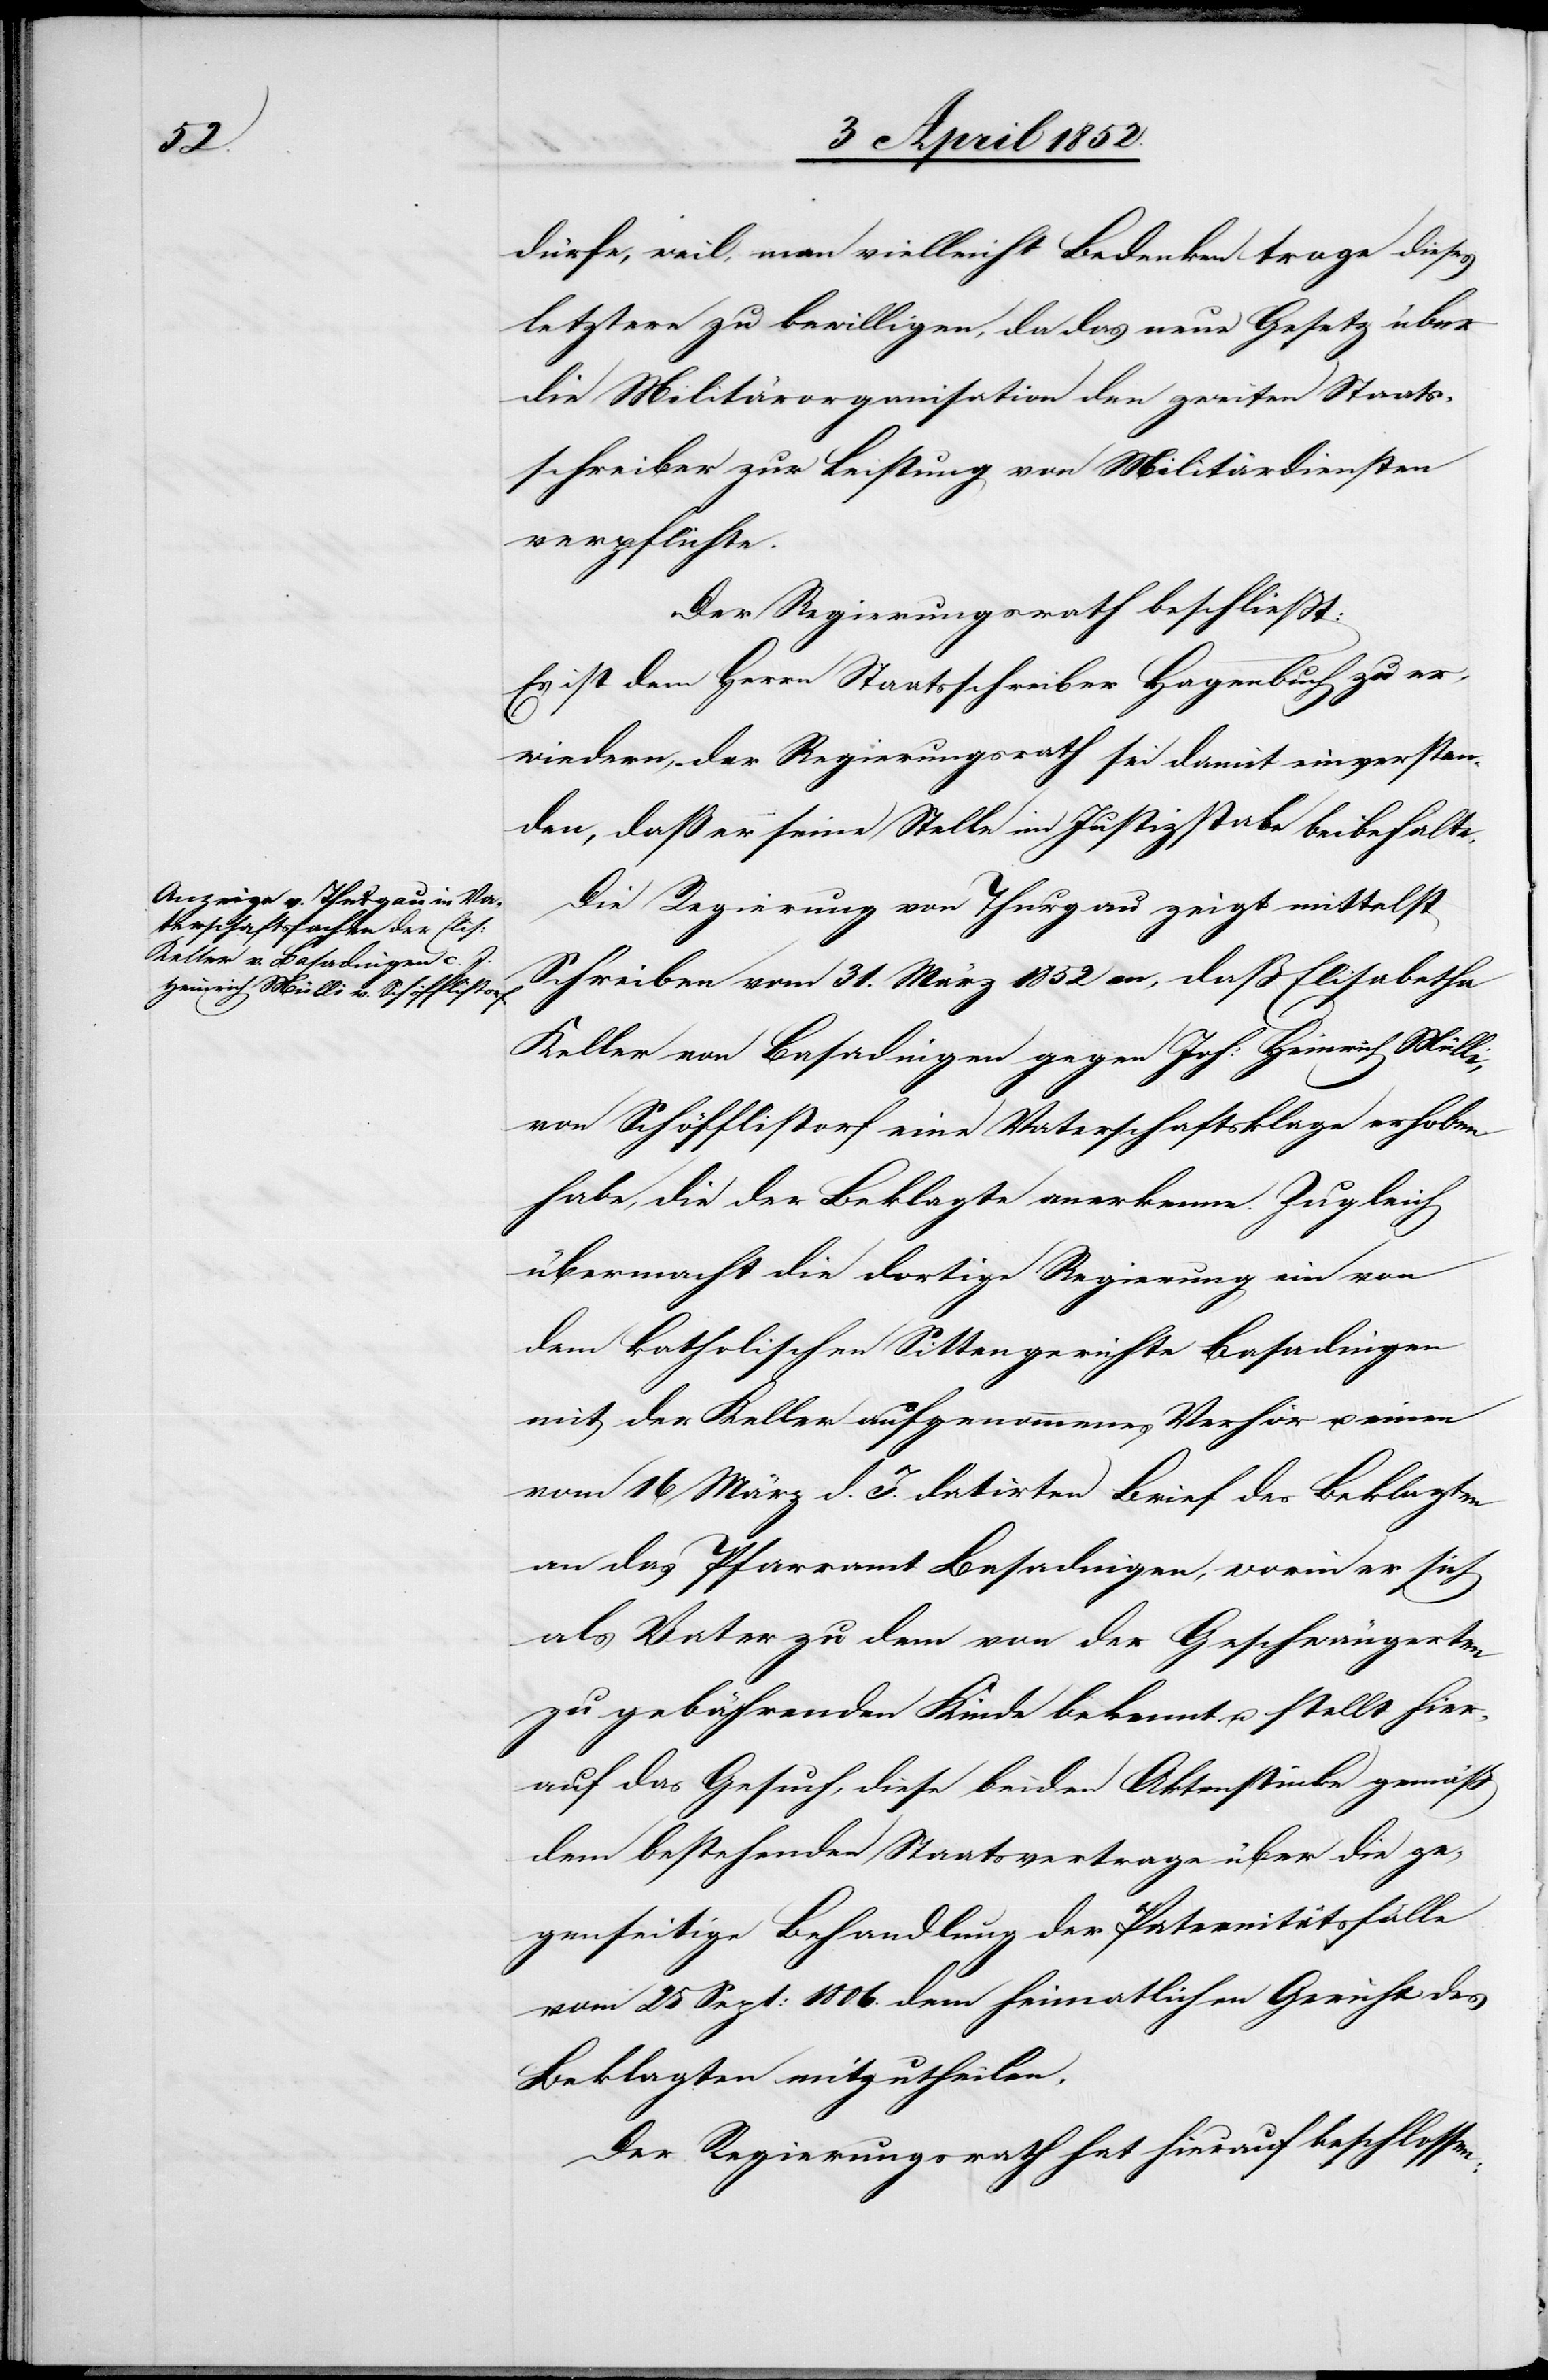
dürfe, weil, man vielleicht Bedenken trage dieses
letztere zu bewilligen, da das neue Gesetz über
die Militärorganisation den zweiten Staats¬
schreiber zur Leistung von Militärdiensten
verpflichte.
Der Regierungsrath beschliesst:
Es ist dem Herrn Staatsschreiber Hagenbuch zu er¬
wiedern, der Regierungsrath sei damit einverstan¬
den, daß er seine Stelle im Justizstabe beibehalte.
Die Regierung von Thurgau zeigt mittelst
Schreiben vom 31. März 1852 an, daß Elisabetha
Keller von Basadingen gegen Joh: Heinrich Mülli,
von Schöfflistorf eine Vaterschaftsklage erhoben
habe, die der Beklagte anerkenne. Zugleich
übermacht die dortige Regierung ein von
dem katholischen Sittengerichte Basadingen
mit der Keller aufgenommenes Verhör u. einen
vom 16 März d. J. datirten Brief des Beklagten
an das Pfarramt Basadingen, worin er sich
als Vater zu dem von der Geschwängerten
zu gebährenden Kinde bekennt u. stellt hier¬
auf das Gesuch, diese beiden Aktenstücke gemäß
dem bestehenden Staatsvertrage über die ge¬
genseitige Behandlung der Paternitätsfälle
vom 25 Sept: 1806. dem heimatlichen Gericht des
Beklagten mitzutheilen.
Der Regierungsrath hat hierauf beschlossen: